Indian Medical Review
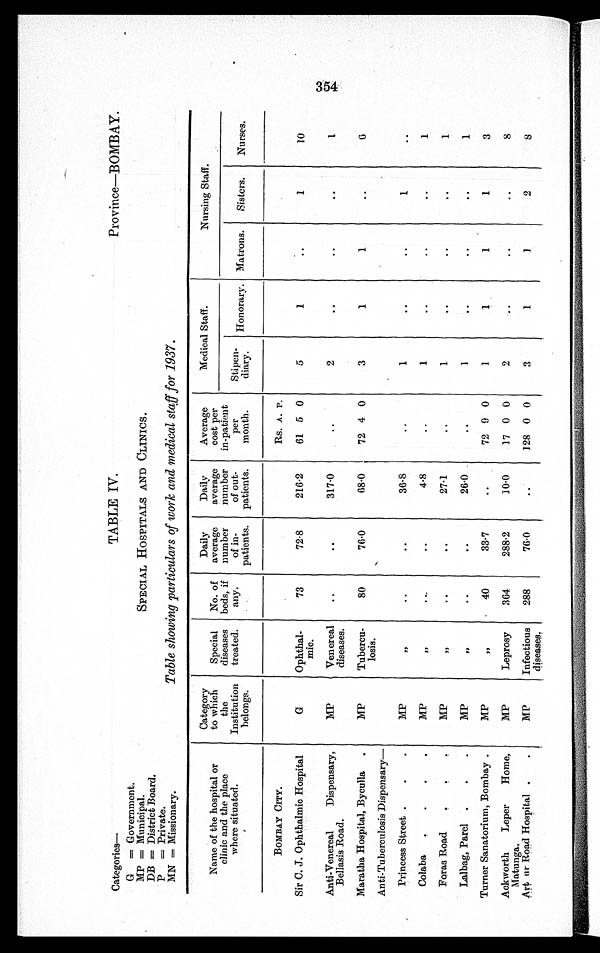
Categories—
TABLE IV.
Province—BOMBAY.
G
= Government.
SPECIAL HOSPITALS AND CLINICS.
MP = Municipal.
DB = District Board.
Table showing particulars of work and medical staff for 1937.
P
= Private.
MN = Missionary.
Name of the hospital or
clinic and the place
where situated.
Category
to which
the
Institution
belongs.
Special
diseases
treated.
No. of
beds, if
any.
Daily
average
number
of in-
patients.
Daily
average
number
of out-
patients.
Average
cost per
in-patient
per
month.
Medical Staff.
Nursing Staff.
Stipen-
diary.
Honorary. Matrons.
Sisters.
Nurses.
BOMBAY CITY.
Rs. A. P.
Sir C. J. Ophthalmic Hospital
G
Ophthal-
mic.
73
72·8
216·2
61 5 0
5
1
..
1
10
Anti-Venereal Dispensary,
Bellasis Road.
MP
Venereal
diseases.
..
..
317·0
..
2
..
..
..
1
Maratha Hospital, Byculla
MP
Tubercu-
losis.
80
76·0
68·0
72 4 0
3
1
1
..
6
Anti-Tuberculosis Dispensary—
Princess Street
MP
, ,
. .
. .
36·8
..
1
..
. .
1
..
Colaba
MP
, ,
. .
. .
4·8
..
1
. .
. .
. .
1
Foras Road
MP
, ,
. .
. .
27·1
..
1
. .
. .
. .
1
Lalbag, Parel
M P
, ,
. .
..
26·0
..
1
..
..
..
1
Turner Sanatorium, Bombay
MP
, ,
40
33·7
..
72 9 0
1
1
1
1
3
Ackworth Leper Home,
Matunga.
MP
Leprosy
364
288·2
10·0
17 0 0
2
..
..
..
8
Art ur Road Hospital
MP
Infectious
diseases.
288
76·0
..
128 0 0
3
1
1
2
8
354